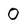
Character: 0